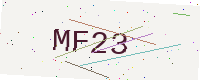
Text: MF23